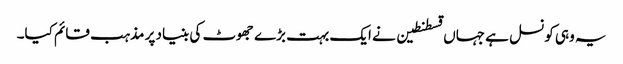
یہ وہی کونسل ہے جہاں قسطنطین نے ایک بہت بڑے جھوٹ کی بنیاد پر مذہب قائم کیا۔